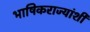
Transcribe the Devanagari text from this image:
भाषिकराज्यांशी